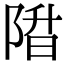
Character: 陹